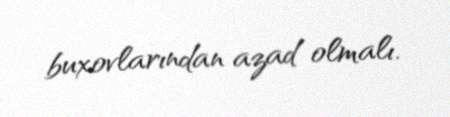
buxovlarından azad olmalı.